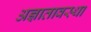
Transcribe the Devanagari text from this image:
अज्ञातावस्था